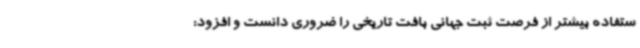
ستفاده بیشتر از فرصت ثبت جهانی بافت تاریخی را ضروری دانست و افزود: